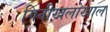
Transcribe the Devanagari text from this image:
गिनीखलोखाल